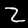
Digit: 2